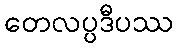
တေလပ္ပဒီပဿ